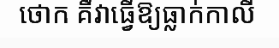
ថោក គឺវាធ្វើឱ្យធ្លាក់កាលី